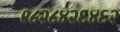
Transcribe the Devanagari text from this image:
९८२८४२६४६२